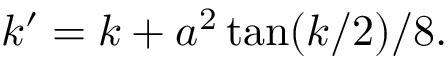
\begin{array} { r } { k ^ { \prime } = k + a ^ { 2 } \tan ( k / 2 ) / 8 . } \end{array}